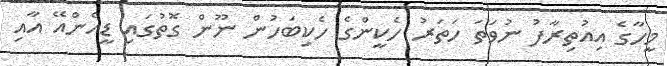
މީހާގެ އިއުތިރާފު ނުވަތަ ހަތަރު ހެކީންގެ ހެކިބަހުން ނޫން ގޮތުގައި ޑީއެންއޭ އާއި